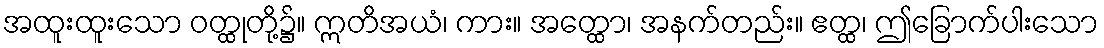
အထူးထူးသော ဝတ္ထုတို့၌။ ဣတိအယံ၊ ကား။ အတ္ထော၊ အနက်တည်း။ ဧတ္ထ၊ ဤခြောက်ပါးသော